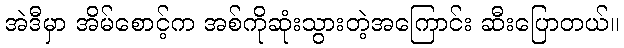
အဲဒီမှာ အိမ်စောင့်က အစ်ကိုဆုံးသွားတဲ့အကြောင်း ဆီးပြောတယ်။